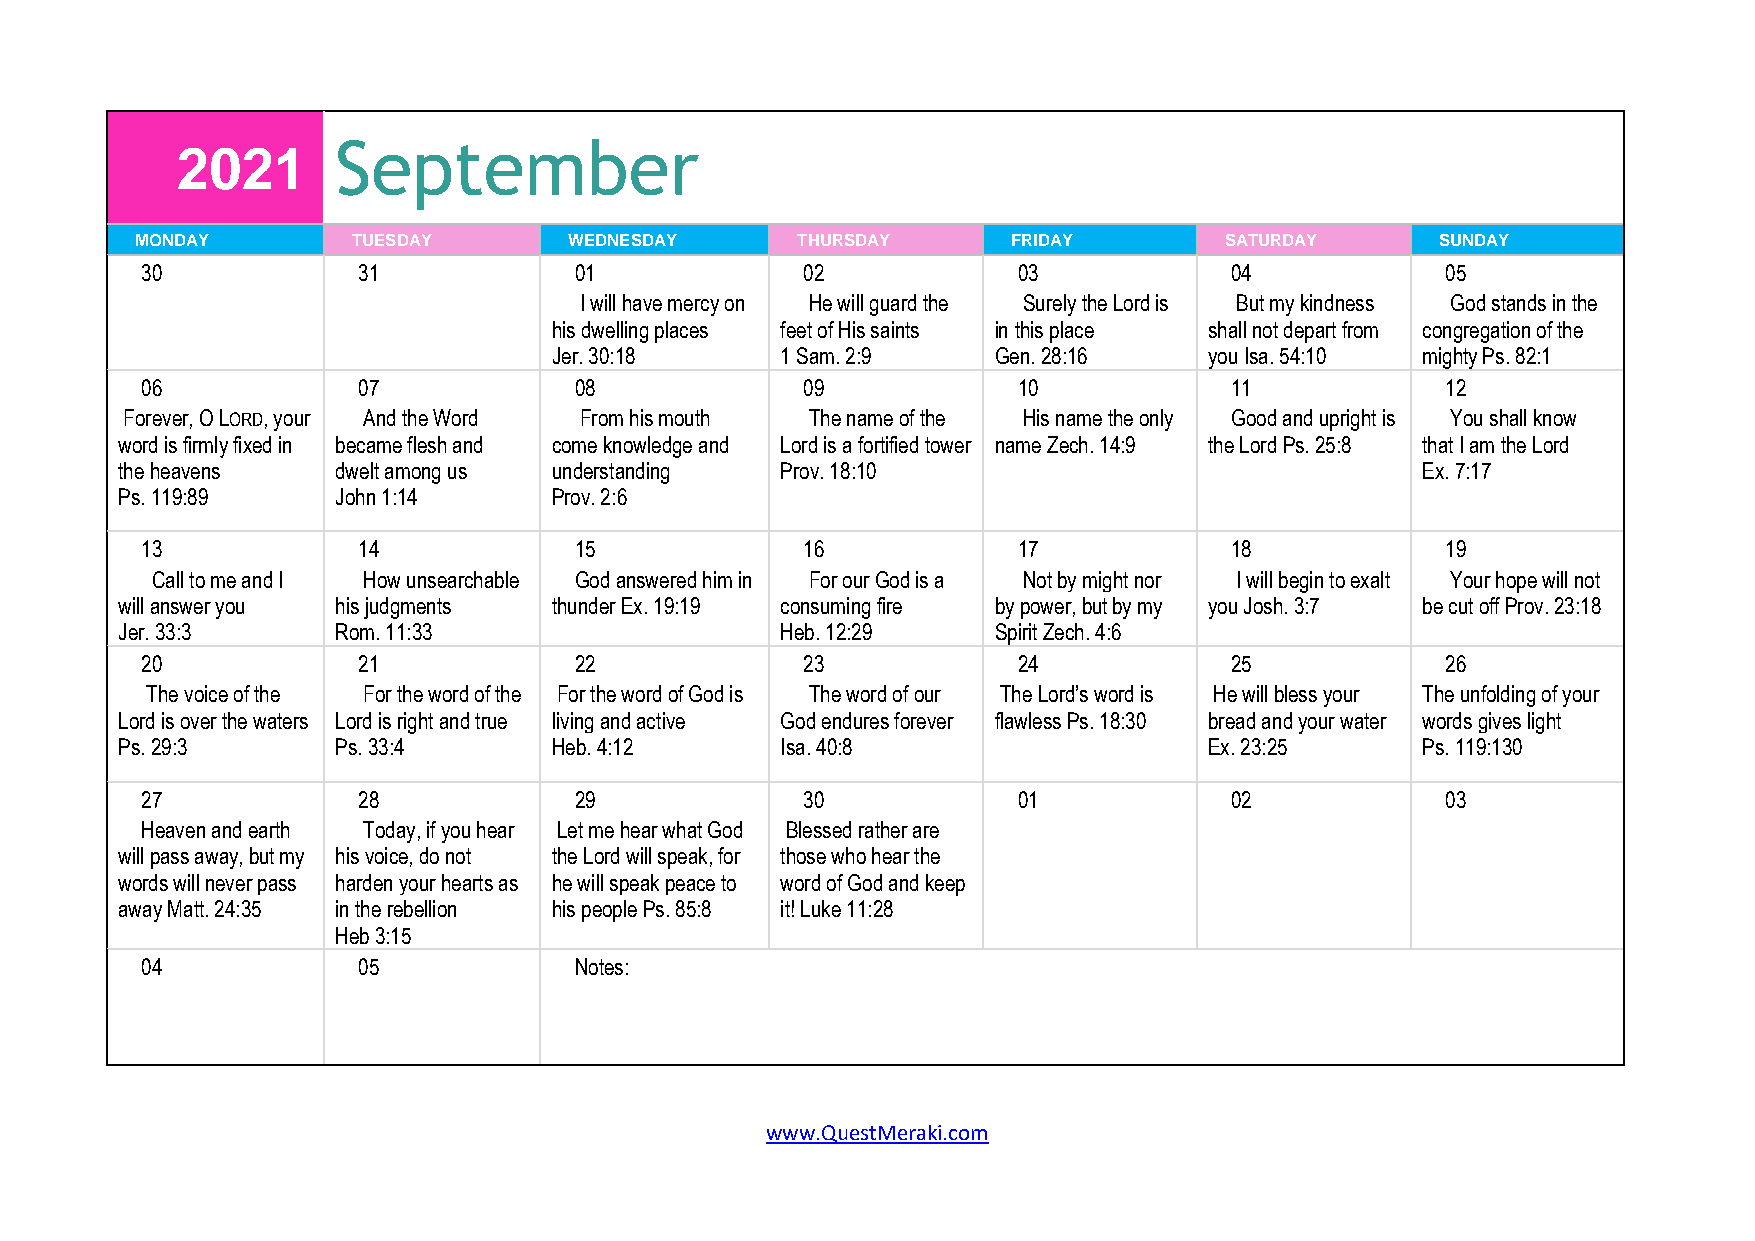
September
 2021
 MONDAY        TUESDAY        WEDNESDAY      THURSDAY      FRIDAY        SATURDAY      SUNDAY
 30             31            01             02            03            04             05
 I will have mercy on He will guard the Surely the Lord is But my kindness God stands in the
 his dwelling places feet of His saints in this place shall not depart from congregation of the
 Jer. 30:18     1 Sam. 2:9    Gen. 28:16    you Isa. 54:10 mighty Ps. 82:1
 06             07            08             09            10            11             12
 Forever, O LORD, your And the Word From his mouth The name of the His name the only Good and upright is You shall know
 word is firmly fixed in became flesh and come knowledge and Lord is a fortified tower name Zech. 14:9 the Lord Ps. 25:8 that I am the Lord
 the heavens   dwelt among us understanding  Prov. 18:10                               Ex. 7:17
 Ps. 119:89    John 1:14      Prov. 2:6
 13             14            15             16            17            18             19
 Call to me and I How unsearchable God answered him in For our God is a Not by might nor I will begin to exalt Your hope will not
 will answer you his judgments thunder Ex. 19:19 consuming fire by power, but by my you Josh. 3:7 be cut off Prov. 23:18
 Jer. 33:3     Rom. 11:33                    Heb. 12:29    Spirit Zech. 4:6
 20             21            22             23            24            25             26
 The voice of the For the word of the For the word of God is The word of our The Lord’s word is He will bless your The unfolding of your
 Lord is over the waters Lord is right and true living and active God endures forever flawless Ps. 18:30 bread and your water words gives light
 Ps. 29:3      Ps. 33:4       Heb. 4:12      Isa. 40:8                   Ex. 23:25     Ps. 119:130
 27             28            29             30            01            02             03
 Heaven and earth Today, if you hear Let me hear what God Blessed rather are
 will pass away, but my his voice, do not the Lord will speak, for those who hear the
 words will never pass harden your hearts as he will speak peace to word of God and keep
 away Matt. 24:35 in the rebellion his people Ps. 85:8 it! Luke 11:28
 Heb 3:15
 04             05            Notes:
 www.QuestMeraki.com